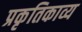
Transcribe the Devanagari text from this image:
प्रकृतिकाव्य